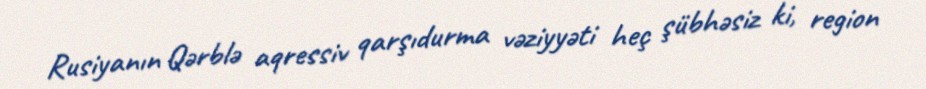
Rusiyanın Qərblə aqressiv qarşıdurma vəziyyəti heç şübhəsiz ki, region